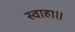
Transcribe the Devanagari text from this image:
स्वाहा॥